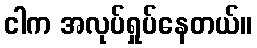
ငါက အလုပ်ရှုပ်နေတယ်။